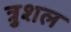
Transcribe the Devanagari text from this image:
त्रुशल